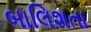
બાલિશતા